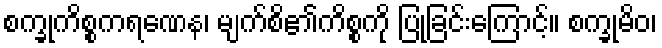
စက္ခုကိစ္စကရဏေန၊ မျက်စိ၏ကိစ္စကို ပြုခြင်းကြောင့်။ စက္ခုမိဝ၊